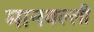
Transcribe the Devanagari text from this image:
मानवल्ली